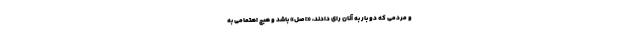
و مردمی که دو بار به آنان رای دادند، «اصل» باشد و هیچ اهتمامی به